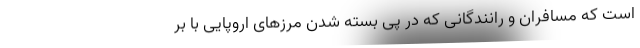
است که مسافران و رانندگانی که در پی بسته شدن مرزهای اروپایی با بر